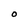
Character: O